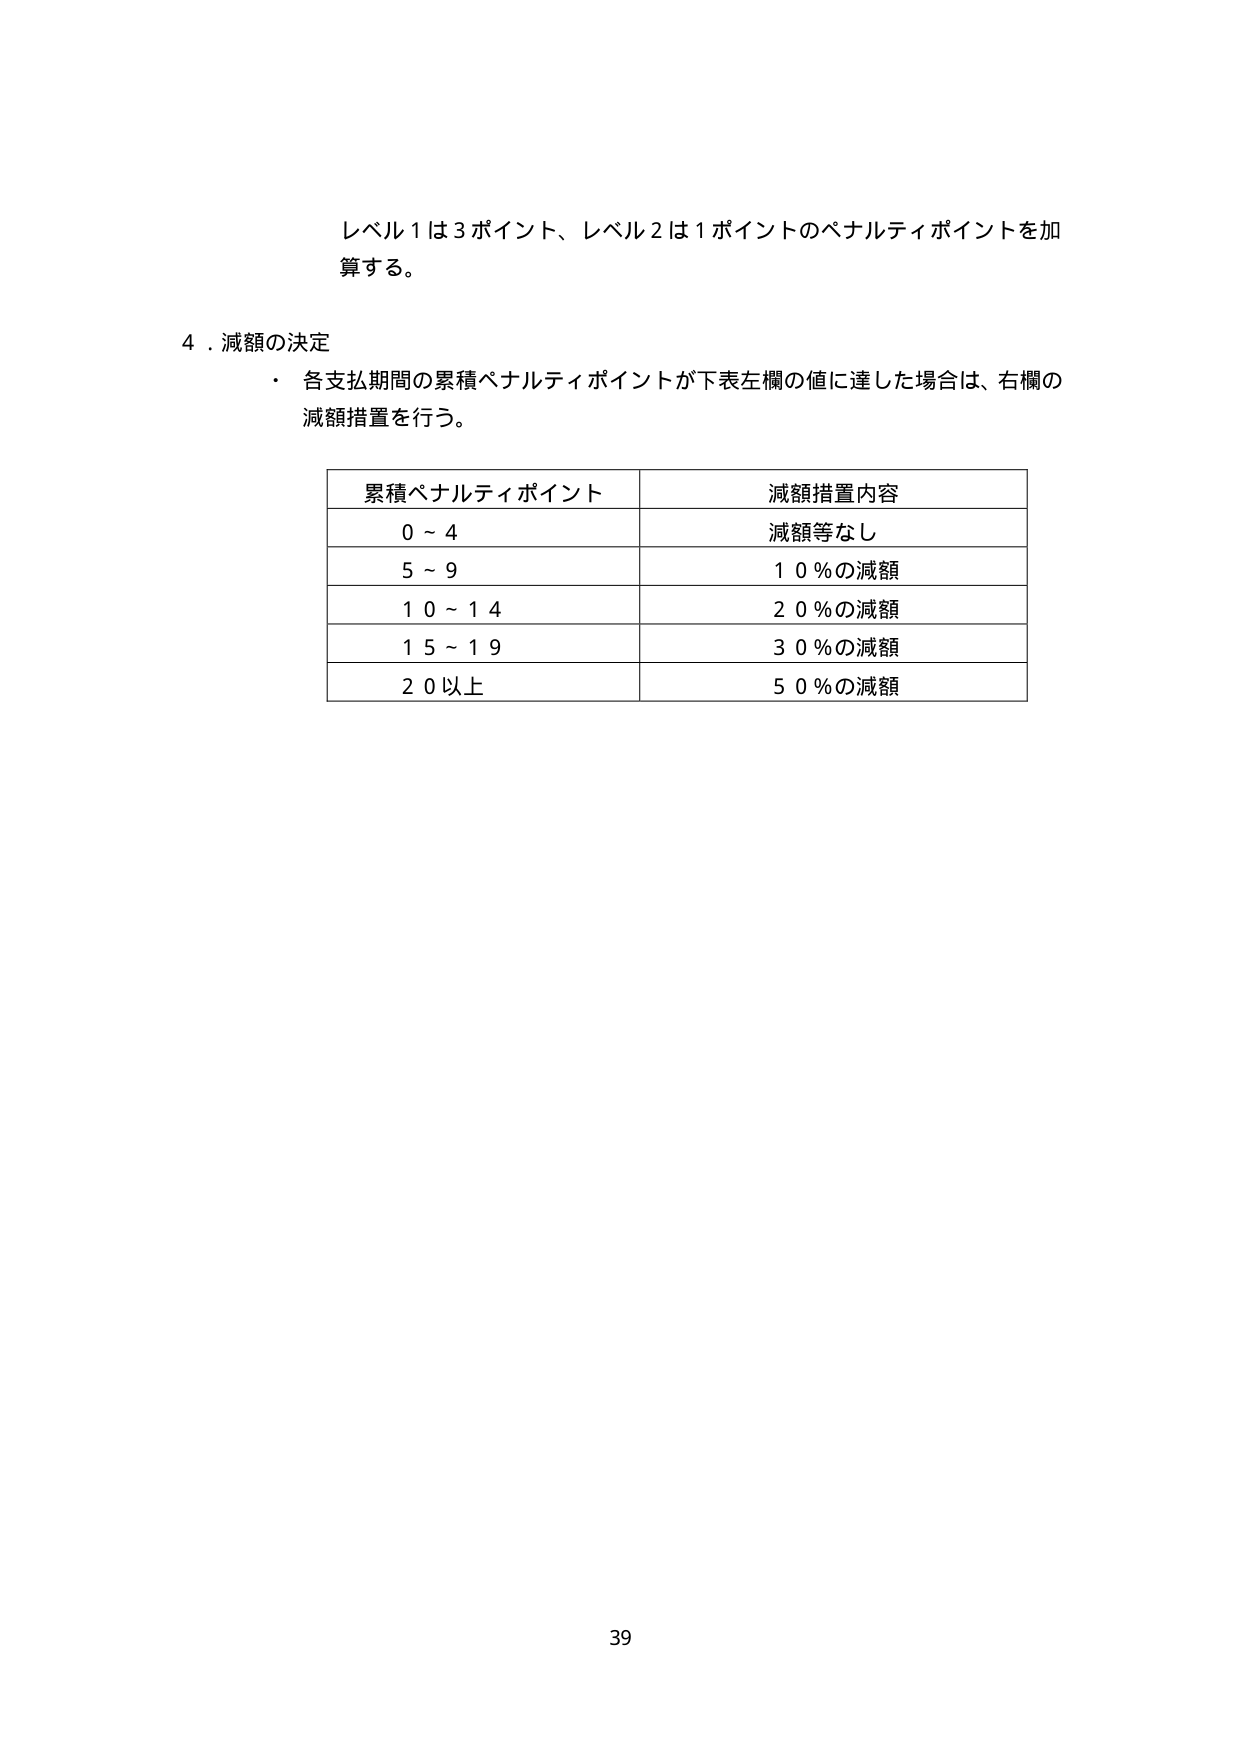
レベル1は3ポイント、レベル2は1ポイントのペナルティポイントを加算する。

4．減額の決定
・各支払期間の累積ペナルティポイントが下表左欄の値に達した場合は、右欄の減額措置を行う。

累積ペナルティポイント　　減額措置内容
0～4　　　　　　　　　　　減額等なし
5～9　　　　　　　　　　　10％の減額
10～14　　　　　　　　　　20％の減額
15～19　　　　　　　　　　30％の減額
20以上　　　　　　　　　　50％の減額

39